Bréfritari: Sigríður Pálsdóttir
Viðtakandi: Páll Pálsson
Dagsetning: A-1854-03-06
Skrifað á: Hraungerði  Árn.
Páll var bróðir Sigríðar

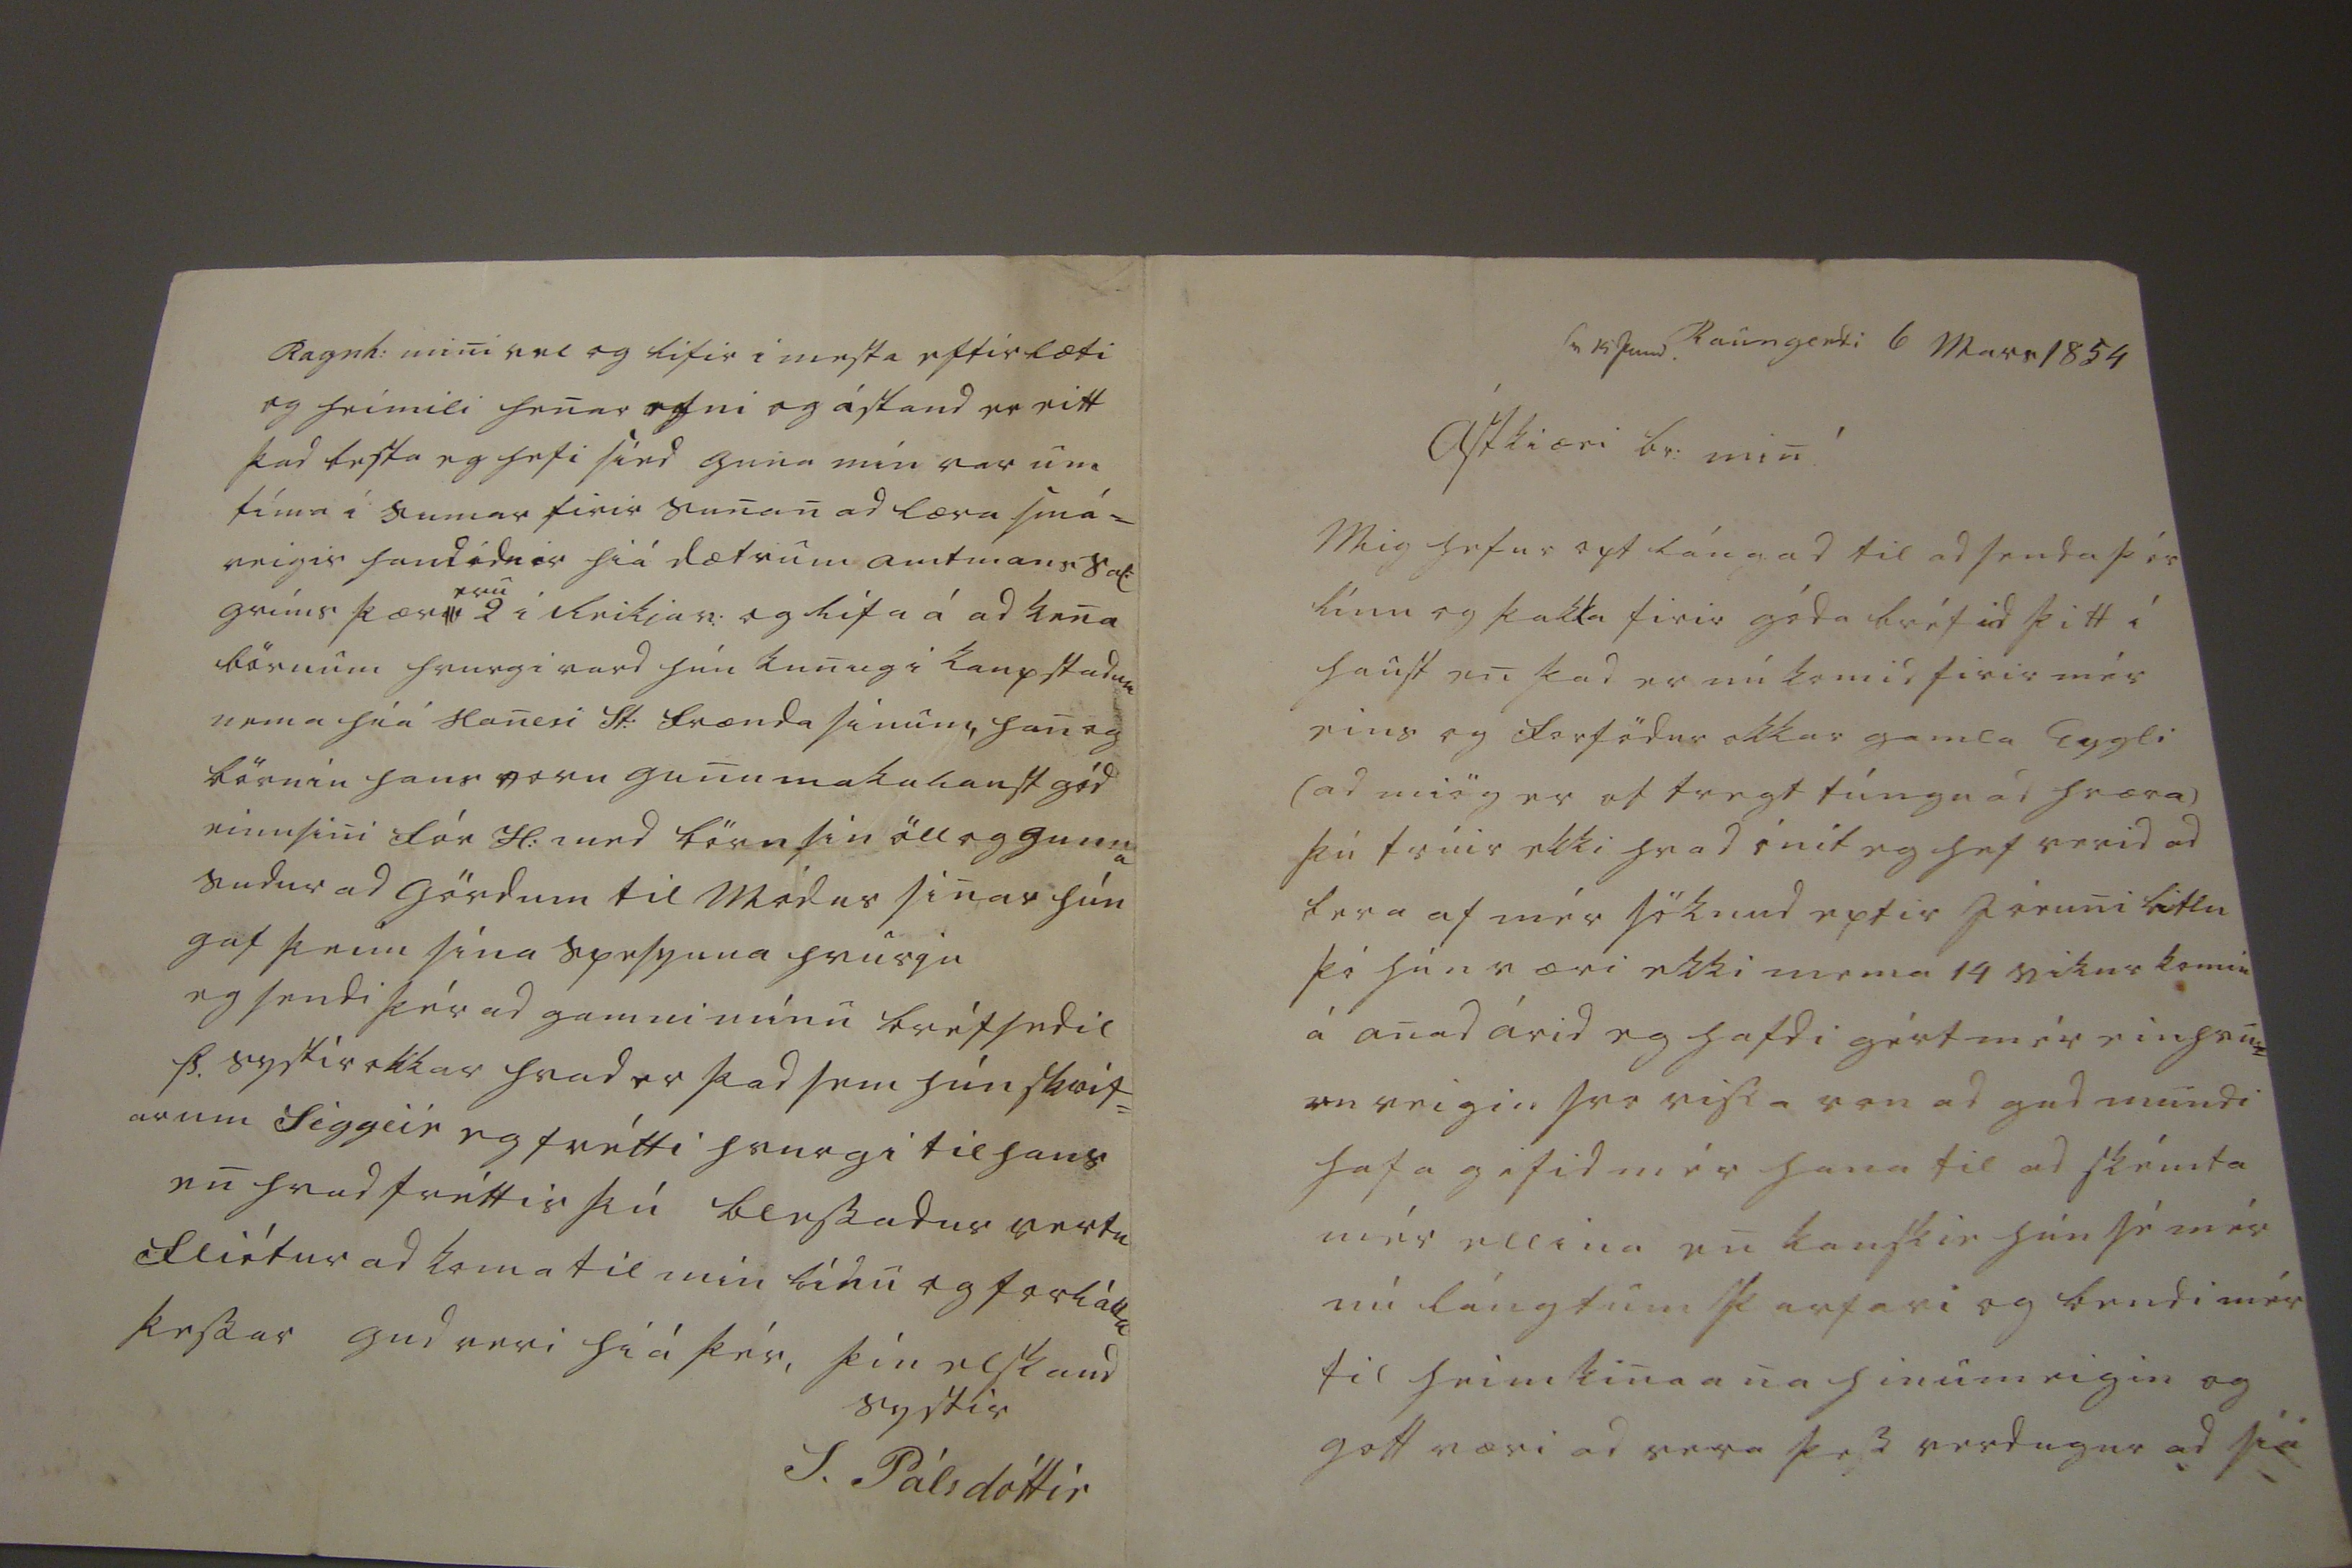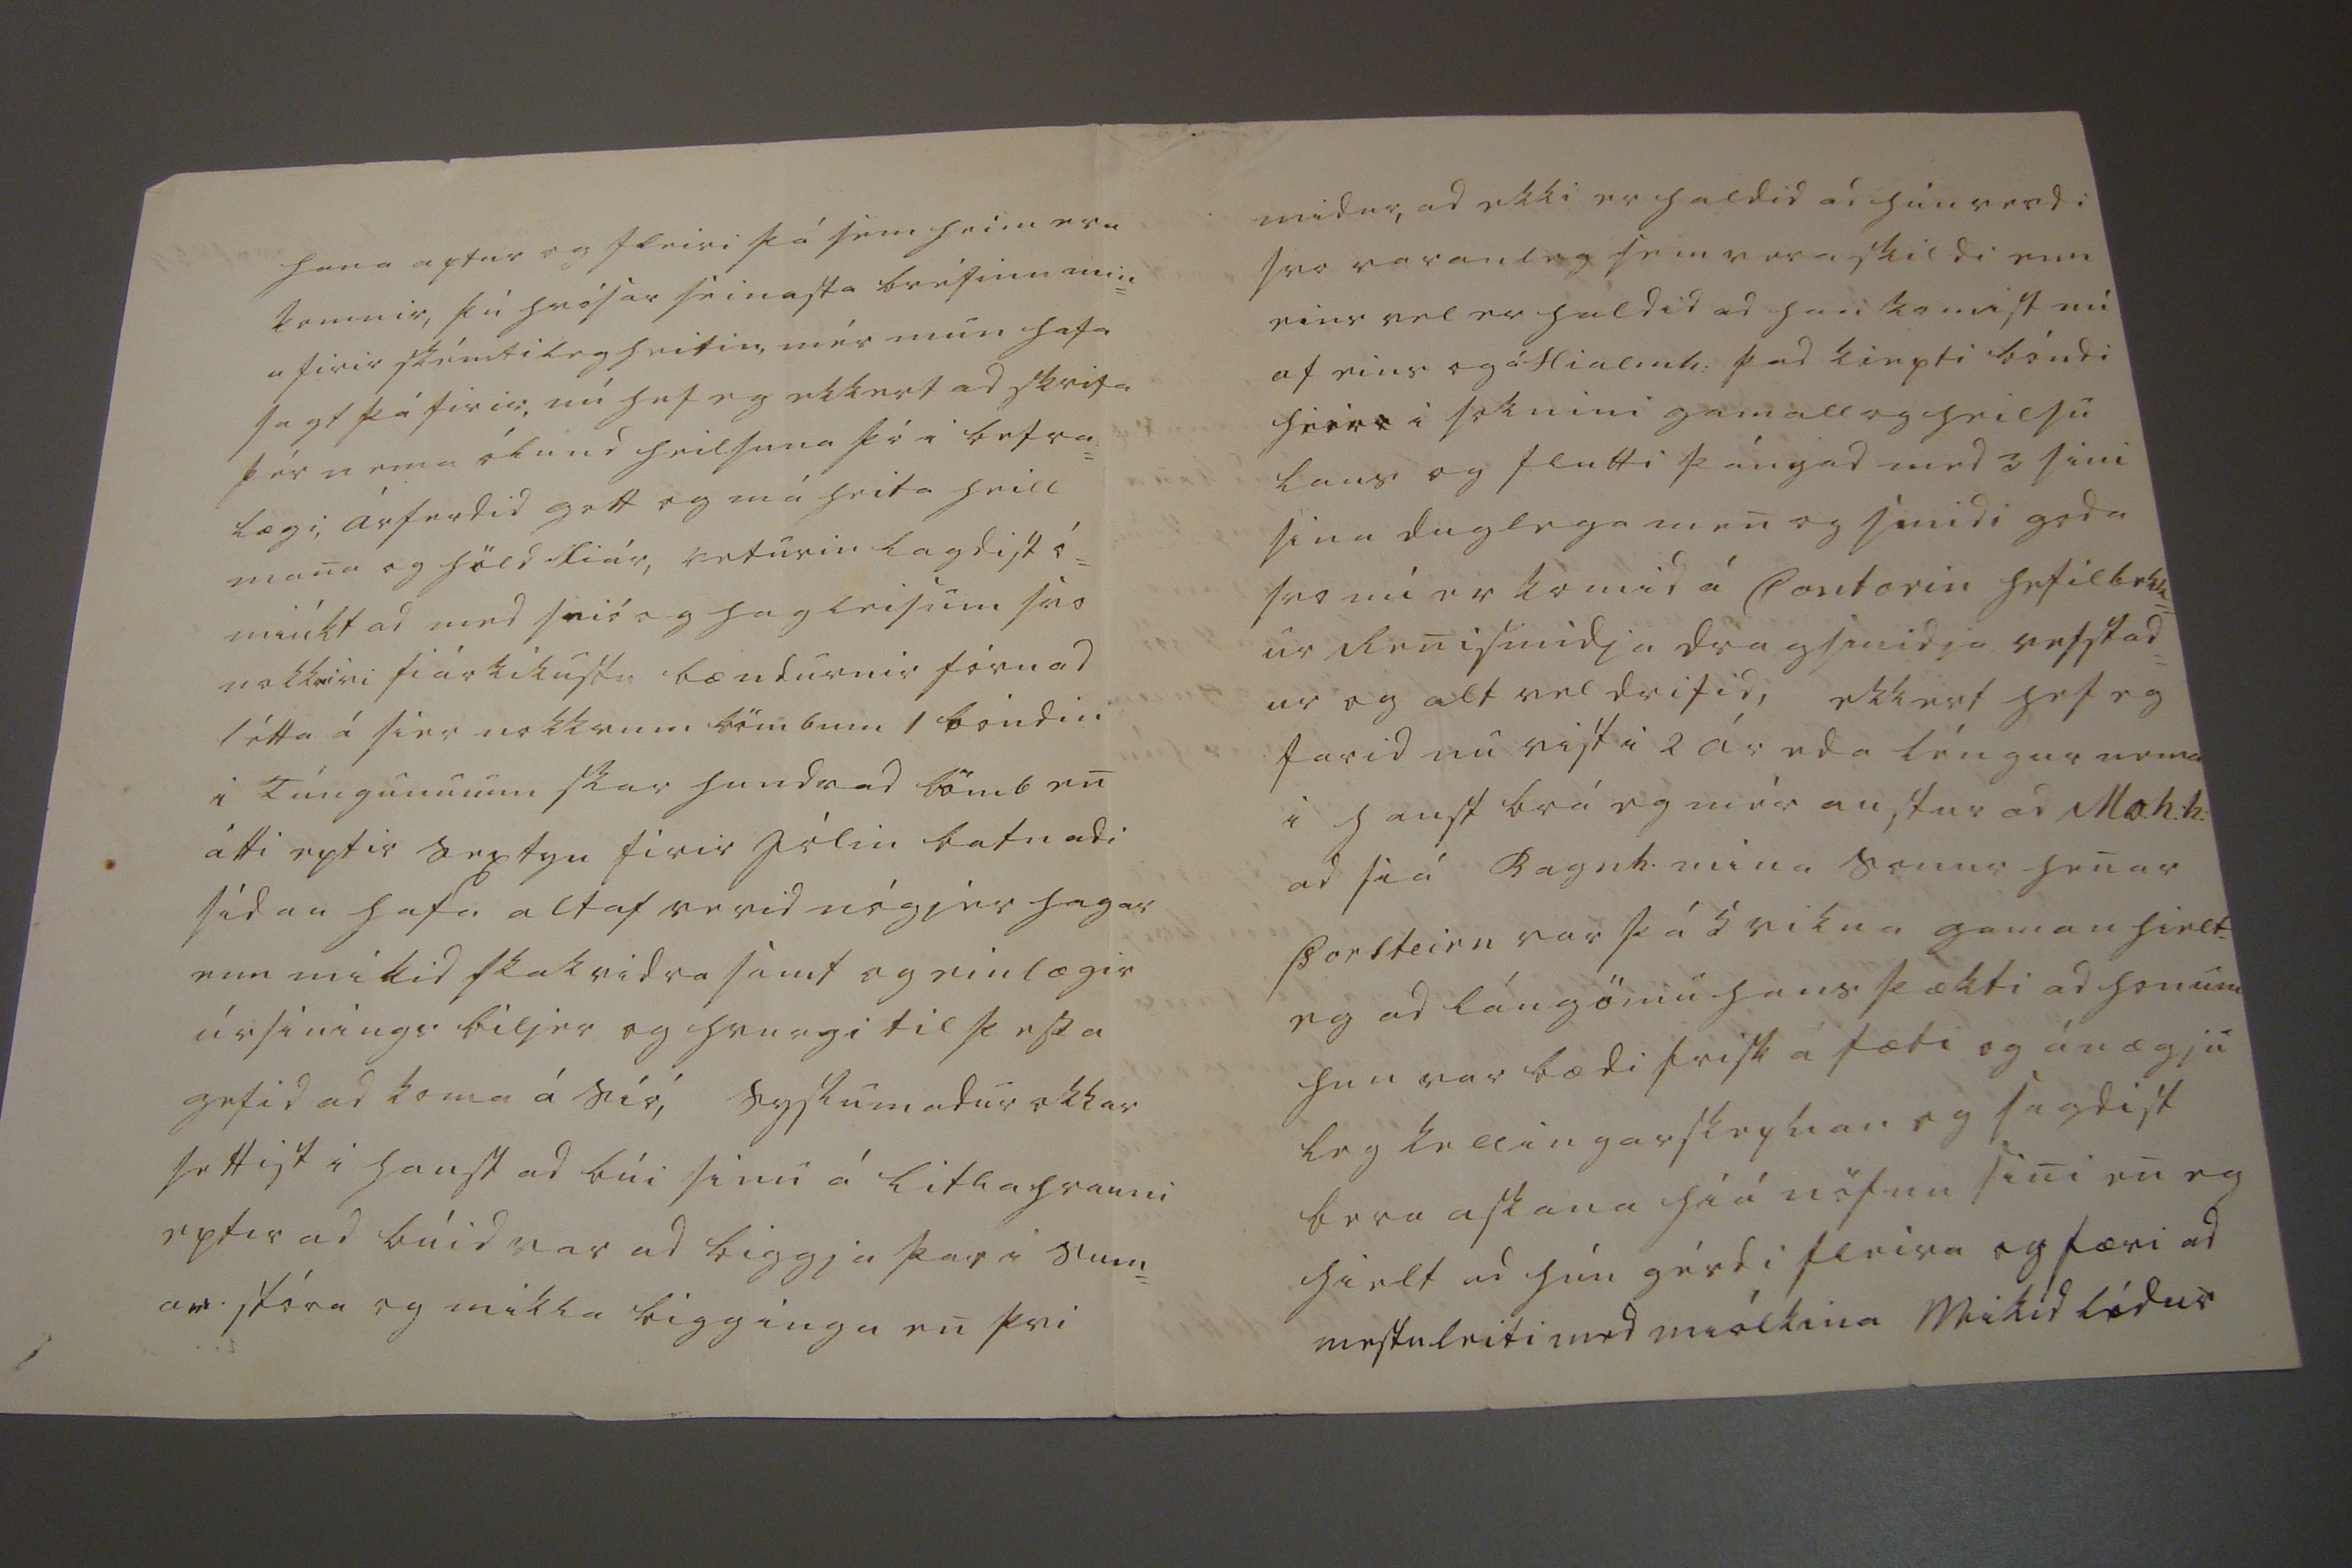

sv 15 Juni. Raungerdi 6 Mars 1854
Ástkiæri br: min !
Mig hefur opt lángad til ad senda þér línu og þakka firir góda bréfid þitt í haust en þad er nú komid firir mér eins og forfödur okkar gamla Eygli (ad miög er of tregt túngu ad hræra) þú trúir ekki hvad ónit eg hef verid ad bera af mér söknud eptir Jóruni litlu þó hún væri ekki
mema
14 vikur komin á anad árid eg hafdi gért mér einhvu= rn veigin svo vissa von ad gud mundi hafa gefid mér hana til ad skémta mér ellina en kanskie hún sé mér nú lángtum þarfari og bendi mér til heimkinana hinumeigin og gott væri ad vera þess verdugur ad síá
hana aptur og fleiri þá sem heim eru komnir, þú hrósar seinasta bréfinu min= u firir skémtilegheitin, mér mun hafa sagt þá firir, nú hef eg ekkert ad skrifa þér nema ólund heilsuna þó i betra= lægi, árferdid gott og má heita heill mana og höld fiár, veturin lagdist ó= miúkt ad mmed snió og hagleisum svo nokk
riri fiár rikustu
bændurnir fóru ad létta á sier nokkrum lömbum 1 bóndin i túngunum skar hundrad lömb en átti eptir sextyu firir jólin batnadi sídan hafa altaf verid nógjer hagar enn mikid skakvidra samt og einlægir úrsínings biljer og hvurgi til þessa gefid ad koma á síó, syslumadur okkar settist i haust ad búi sinu á litla hrauni eptir ad búid var ad biggja þar i sum= ar stóra og mikla biggingu en þvi
midur, ad ekki er haldid ad hún verdi svo varanleg sem vera skildi enn eins vel er haldid ad hun komist nú af eins og á Hialmh: þad kiepti bóndi hier
i
i soknini gamall og heilsu laus og flutti þángad med 3 sini sina duglega men og smidi goda svo nú er komid á Contorin hefilbekk= ur Renismidja dragsmidja vefstad= ur og alt vel drifid, ekkert hef eg farid nu vist i 2 ár eda léngur nema i haust brá eg mér austur ad Mo.h:h: ad siá Ragnh. mina sonur henar Þorsteirn var þá 5 vikna gaman hielt eg ad lángömu hans þækti ad honum hun var bædi frisk á fæti og ánægju leg kellingarske
ykan
eg sagdist bera askana híá nöfnu sini en eg hielt ad hún gérdi fleira og færi ad mestuleiti med miólkina Mikid lídur
Ragnh: mini vel og lifir i mesta eftirlæti og heimili henar efni og ástand er eitt þad besta eg hefi sied guna mín var um tíma i sumar firir sunan ad læra smá= veigis handidnir hiá dætrum amtmans
sal:
grís þær
r
eru
2 i Reikjav: og lifa á ad ken börnum hvurgi vard hún kunug i kaupstadum nema híá Hanesi St: frænda sínum, han og börnin hans voru gunu makalaust gód einusini fór H: med börn sin öll og gunna sudur ad gördum til módur sinar hún gaf þeim sína spesyuna hvurju eg sendi þér ad gamni mínu bréfsedil Þ. systir okkar hvad er þad sem hún skrif= ar um Siggeir eg frétti hvurgi til hans en hvad fréttir þú blessadur vertu fliótur ad koma til min línu og forláttu þessar gud veri hiá þér, þín elskand systir
S. Pálsdóttir